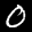
Label: 0